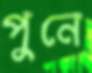
পুনে